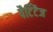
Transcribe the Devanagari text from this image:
पैर्टिटैज